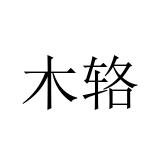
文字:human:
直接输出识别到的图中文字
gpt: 木辂